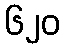
၆၂၀